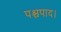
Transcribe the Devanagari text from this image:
पश्चपाद।